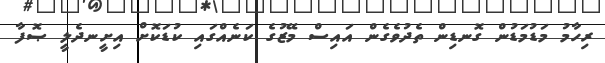
ރިހާމު މަޑުމަޑުން ގޮނޑިން ތެދުވެގެން އައިސް މޭޒުގެ ކަނެއްގައި ކުޑަކޮށް އިށީނދެލީ ޞޮފާ